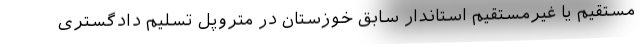
مستقیم یا غیرمستقیم استاندار سابق خوزستان در متروپل تسلیم دادگستری